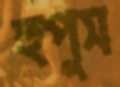
হুপুস